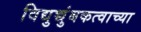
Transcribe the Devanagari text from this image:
विद्युच्चुंबकत्वाच्या